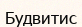
Будвитис